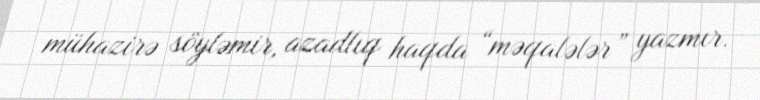
mühazirə söyləmir, azadlıq haqda “məqalələr” yazmır.